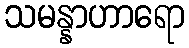
သမန္နာဟာရော